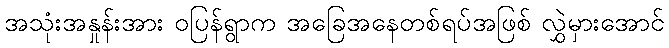
အသုံးအနှုန်းအား ဝပြန်ရွာက အခြေအနေတစ်ရပ်အဖြစ် လွှဲမှားအောင်